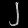
Digit: ၂